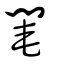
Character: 閹